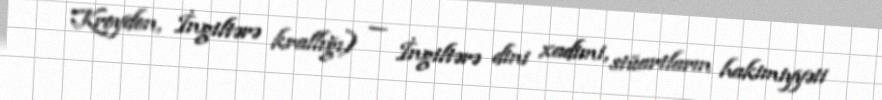
Kroydon, İngiltərə krallığı) — İngiltərə dini xadimi, stüartların hakimiyyəti